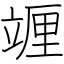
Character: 竰